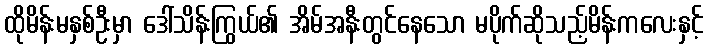
ထိုမိန်းမနှစ်ဦးမှာ ဒေါ်သိန်းကြွယ်၏ အိမ်အနီးတွင်နေသော မပိုက်ဆိုသည့်မိန်းကလေးနှင့်